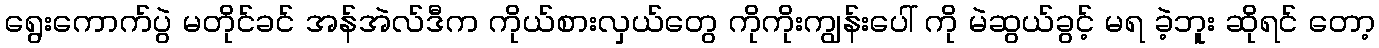
ရွေးကောက်ပွဲ မတိုင်ခင် အန်အဲလ်ဒီက ကိုယ်စားလှယ်တွေ ကိုကိုးကျွန်းပေါ် ကို မဲဆွယ်ခွင့် မရ ခဲ့ဘူး ဆိုရင် တော့